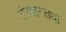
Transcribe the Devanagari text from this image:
संस्थानतथा